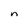
Character: n